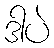
ဒါပဲ